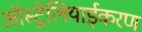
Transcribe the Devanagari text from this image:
ऑस्ट्रेलियाईकरण